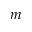
m